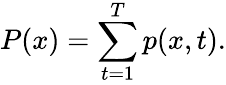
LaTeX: P(x)=\sum_{t=1}^{T}p(x,t).